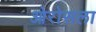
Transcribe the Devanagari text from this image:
ओरोसला